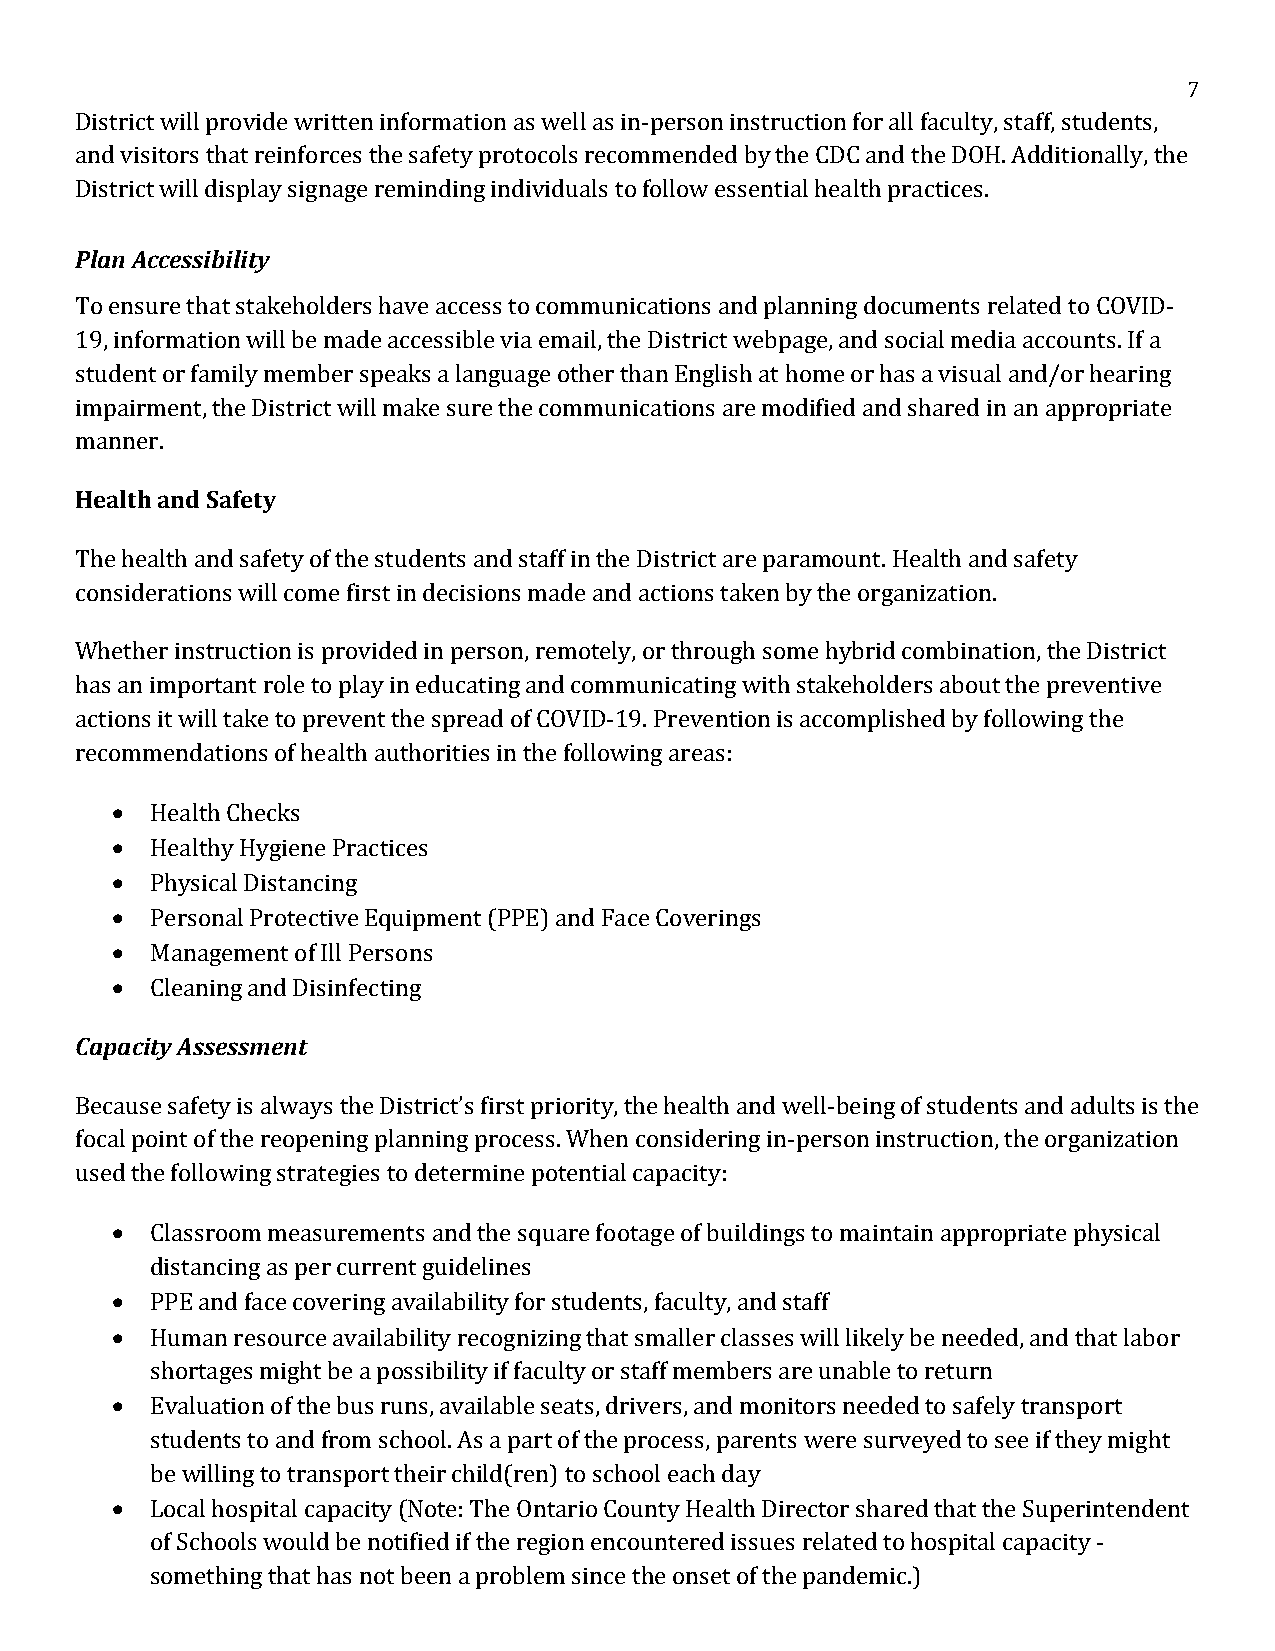
7
 District will provide written information as well as in-person instruction for all faculty, staff, students,
 and visitors that reinforces the safety protocols recommended by the CDC and the DOH. Additionally, the
 District will display signage reminding individuals to follow essential health practices.
 Plan Accessibility
 To ensure that stakeholders have access to communications and planning documents related to COVID-
 19, information will be made accessible via email, the District webpage, and social media accounts. If a
 student or family member speaks a language other than English at home or has a visual and/or hearing
 impairment, the District will make sure the communications are modified and shared in an appropriate
 manner.
 Health and Safety
 The health and safety of the students and staff in the District are paramount. Health and safety
 considerations will come first in decisions made and actions taken by the organization.
 Whether instruction is provided in person, remotely, or through some hybrid combination, the District
 has an important role to play in educating and communicating with stakeholders about the preventive
 actions it will take to prevent the spread of COVID-19. Prevention is accomplished by following the
 recommendations of health authorities in the following areas:
   Health Checks
   Healthy Hygiene Practices
   Physical Distancing
   Personal Protective Equipment (PPE) and Face Coverings
   Management of Ill Persons
   Cleaning and Disinfecting
 Capacity Assessment
 Because safety is always the District’s first priority, the health and well-being of students and adults is the
 focal point of the reopening planning process. When considering in-person instruction, the organization
 used the following strategies to determine potential capacity:
   Classroom measurements and the square footage of buildings to maintain appropriate physical
 distancing as per current guidelines
   PPE and face covering availability for students, faculty, and staff
   Human resource availability recognizing that smaller classes will likely be needed, and that labor
 shortages might be a possibility if faculty or staff members are unable to return
   Evaluation of the bus runs, available seats, drivers, and monitors needed to safely transport
 students to and from school. As a part of the process, parents were surveyed to see if they might
 be willing to transport their child(ren) to school each day
   Local hospital capacity (Note: The Ontario County Health Director shared that the Superintendent
 of Schools would be notified if the region encountered issues related to hospital capacity -
 something that has not been a problem since the onset of the pandemic.)